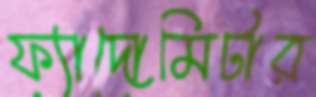
ফ্যাদোমিটার